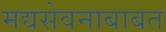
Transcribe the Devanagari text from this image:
मद्यसेवनाबाबत